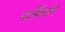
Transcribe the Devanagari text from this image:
मार्मिकतेचे